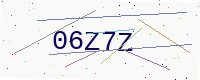
Text: 06Z7Z